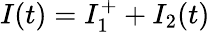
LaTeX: I(t)=I_{1}^{+}+I_{2}(t)